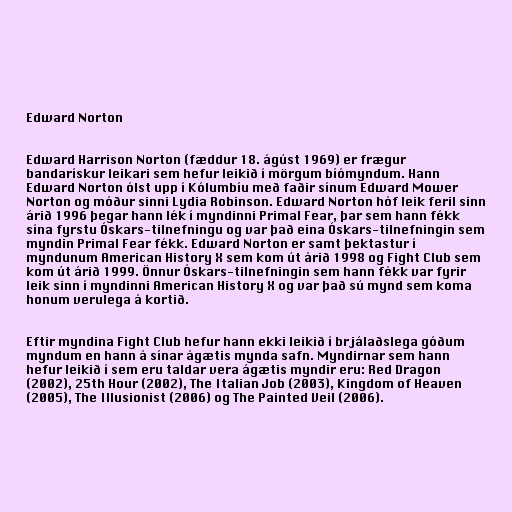
Edward Norton

Edward Harrison Norton (fæddur 18. ágúst 1969) er frægur
bandarískur leikari sem hefur leikið í mörgum bíómyndum. Hann
Edward Norton ólst upp í Kólumbíu með faðir sínum Edward Mower
Norton og móður sinni Lydia Robinson. Edward Norton hóf leik feril sinn
árið 1996 þegar hann lék í myndinni Primal Fear, þar sem hann fékk
sína fyrstu Óskars-tilnefningu og var það eina Óskars-tilnefningin sem
myndin Primal Fear fékk. Edward Norton er samt þektastur í
myndunum American History X sem kom út árið 1998 og Fight Club sem
kom út árið 1999. Önnur Óskars-tilnefningin sem hann fékk var fyrir
leik sinn í myndinni American History X og var það sú mynd sem koma
honum verulega á kortið.

Eftir myndina Fight Club hefur hann ekki leikið í brjálaðslega góðum
myndum en hann á sínar ágætis mynda safn. Myndirnar sem hann
hefur leikið í sem eru taldar vera ágætis myndir eru: Red Dragon
(2002), 25th Hour (2002), The Italian Job (2003), Kingdom of Heaven
(2005), The Illusionist (2006) og The Painted Veil (2006).